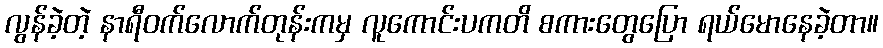
လွန်ခဲ့တဲ့ နာရီဝက်လောက်တုန်းကမှ လူကောင်းပကတိ စကားတွေပြော ရယ်မောနေခဲ့တာ။